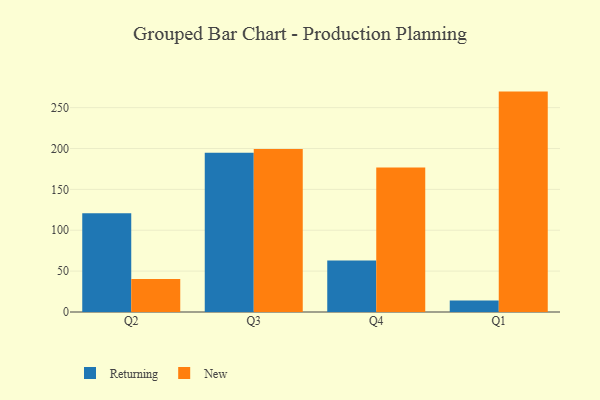
{"axis": {"x": "Quarter", "y": "Production Output"}, "legend": ["New", "Returning"], "data": [{"x": "Q2", "y": 120.9, "type": "Returning"}, {"x": "Q2", "y": 40.5, "type": "New"}, {"x": "Q3", "y": 194.7, "type": "Returning"}, {"x": "Q3", "y": 199.4, "type": "New"}, {"x": "Q4", "y": 63.1, "type": "Returning"}, {"x": "Q4", "y": 176.9, "type": "New"}, {"x": "Q1", "y": 14.2, "type": "Returning"}, {"x": "Q1", "y": 269.6, "type": "New"}]}